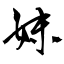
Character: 妹